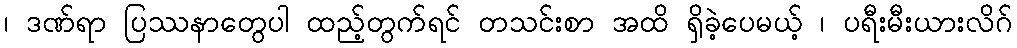
၊ ဒဏ်ရာ ပြဿနာတွေပါ ထည့်တွက်ရင် တသင်းစာ အထိ ရှိခဲ့ပေမယ့် ၊ ပရီးမီးယားလိဂ်